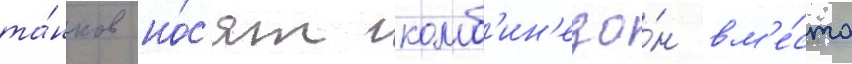
та́нков но́с'ят комб'ин'езо́н вм'е́сто